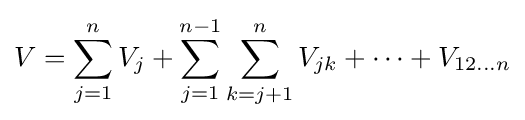
V=\sum _{j=1}^{n}V_{j}+\sum _{j=1}^{n-1}\sum _{k=j+1}^{n}V_{jk}+\cdots +V_{12\dots n}